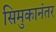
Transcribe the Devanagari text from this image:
सिमुकानंतर